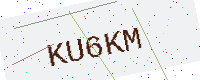
Text: KU6KM